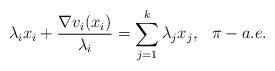
LaTeX: \begin{align*}\lambda_i x_i + \frac{\nabla v_i(x_i)}{\lambda_i} = \sum_{j = 1 }^k \lambda_j x_j, \hskip 3mm \pi-a.e.\end{align*}